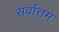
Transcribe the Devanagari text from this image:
सर्वात्तम